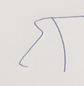
Signature authenticity: forged